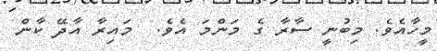
މީހާއެވެ. މިބުނީ ސާރާ ގެ މަންމަ އެވެ.  މައިރާ އާދޭ ކާން